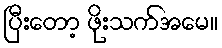
ပြီးတော့ ဖိုးသက်အမေ။